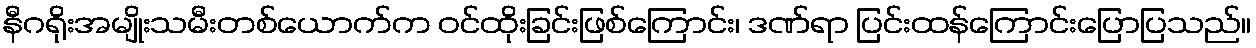
နီဂရိုးအမျိုးသမီးတစ်ယောက်က ဝင်ထိုးခြင်းဖြစ်ကြောင်း၊ ဒဏ်ရာ ပြင်းထန်ကြောင်းပြောပြသည်။